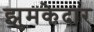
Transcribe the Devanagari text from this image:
झुमकेदार